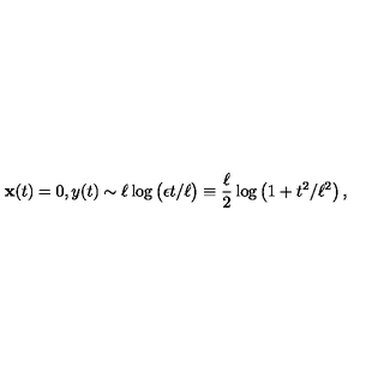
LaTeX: { \bf x } ( t ) = 0 , y ( t ) \sim \ell \log \big ( \epsilon t / \ell \big ) \equiv \frac { \ell } { 2 } \log \left( 1 + t ^ { 2 } / \ell ^ { 2 } \right) ,